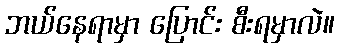
ဘယ်နေရာမှာ ပြောင်း စီးရမှာလဲ။